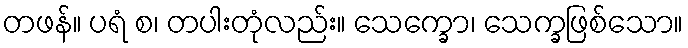
တဖန်။ ပရံ စ၊ တပါးတုံလည်း။ သေက္ခော၊ သေက္ခဖြစ်သော။